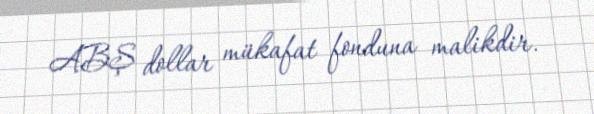
ABŞ dollar mükafat fonduna malikdir.